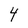
Character: 4